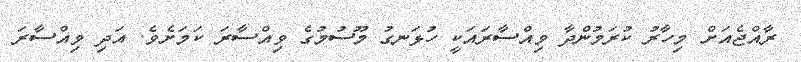
ރާއްޖެއަށް މިހާރު ކުރަމުންދާ ވިއްސާރައަކީ ހުޅަނގު މޫސުމުގެ ވިއްސާރަ ކަމަށެވެ. އަދި ވިއްސާރަ